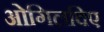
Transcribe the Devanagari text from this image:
ओगिलविए